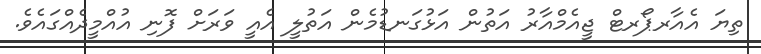
ތިޔަ އެއާރޕޯރޓް ޖީއެމްއާރު އަތުން އަޅުގަނޑުމެން އަތުލީ އެއީ ވަރަށް ފޮނި އުއްމީދެއްގައެވެ.